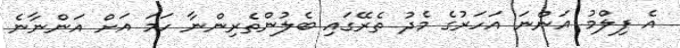
އެ ފިލްމު އަންނަ އަހަރުގެ މެދު ތެރޭގައި ބެލުންތެރިންނާ ހަމަ އަށް އަންނާނެ